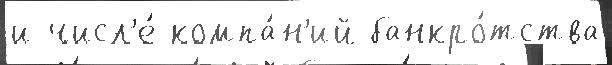
и числ'е́ компа́н'ий банкро́тства